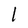
Character: 1